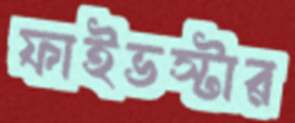
ফাইভস্টার